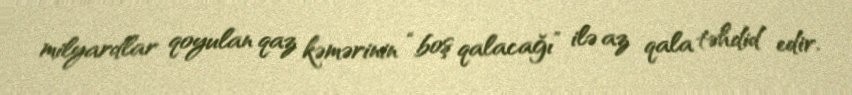
milyardlar qoyulan qaz kəmərinin “boş qalacağı” ilə az qala təhdid edir.